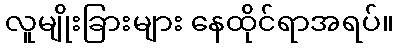
လူမျိုးခြားများ နေထိုင်ရာအရပ်။